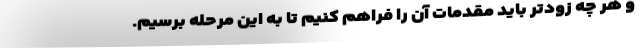
و هر چه زودتر باید مقدمات آن را فراهم کنیم تا به این مرحله برسیم.